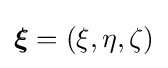
{\boldsymbol {\xi }}=(\xi ,\eta ,\zeta )